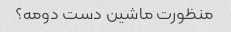
منظورت ماشین دست دومه؟